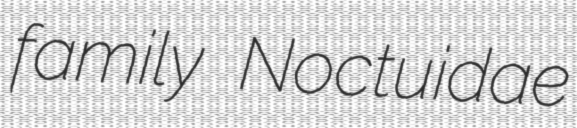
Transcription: family Noctuidae